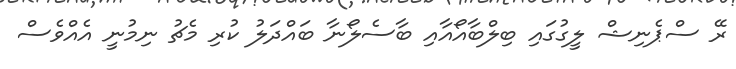
ރޭ ސްޕެނިޝް ލީގުގައި ބިލްބާއޯއާއި ބާސެލޯނާ ބައްދަލު ކުރި މެޗު ނިމުނީ އެއްވެސް